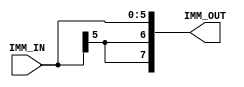
module signextend(IMM_IN, IMM_OUT);
	input [5:0] IMM_IN;
	output [7:0] IMM_OUT;
	
	assign IMM_OUT[5:0] = IMM_IN;
	assign IMM_OUT[7:6] = {IMM_IN[5],IMM_IN[5]}; 
endmodule